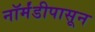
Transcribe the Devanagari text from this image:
नॉर्मंडीपासून